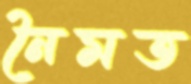
নৈমত